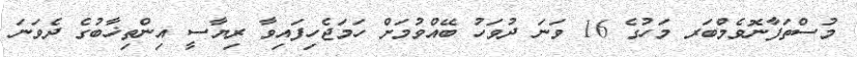
މުސްތަފާނޮވެމްބަރ މަހުގެ 16 ވަނަ ދުވަހު ބޭއްވުމަށް ހަމަޖެހިފައިވާ ރިޔާސީ އިންތިޚާބުގެ ދެވަނަ